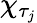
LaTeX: \chi_{\tau_{j}}